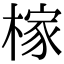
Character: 榢